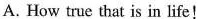
A. How true that is in life!